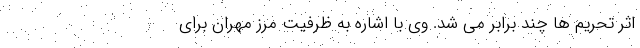
اثر تحریم ها چند برابر می شد. وی با اشاره به ظرفیت مرز مهران برای